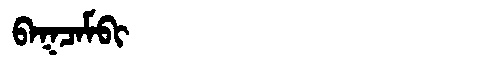
Manchu: ᠪᠠᡴᠴᠠᠮᠪᡳ
Romanization: BAKCAMBI